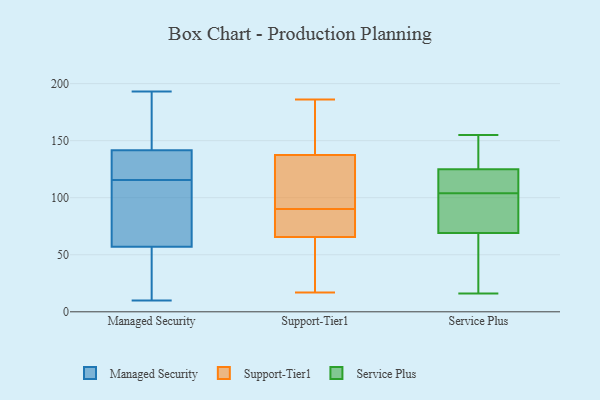
{"axis": {"x": "Production Output", "y": "Value"}, "legend": ["Managed Security", "Service Plus", "Support-Tier1"], "data": [{"x": "", "y": 23, "type": "Managed Security"}, {"x": "", "y": 59, "type": "Managed Security"}, {"x": "", "y": 193, "type": "Managed Security"}, {"x": "", "y": 174, "type": "Managed Security"}, {"x": "", "y": 95, "type": "Managed Security"}, {"x": "", "y": 134, "type": "Managed Security"}, {"x": "", "y": 163, "type": "Managed Security"}, {"x": "", "y": 126, "type": "Managed Security"}, {"x": "", "y": 128, "type": "Managed Security"}, {"x": "", "y": 124, "type": "Managed Security"}, {"x": "", "y": 42, "type": "Managed Security"}, {"x": "", "y": 128, "type": "Managed Security"}, {"x": "", "y": 10, "type": "Managed Security"}, {"x": "", "y": 149, "type": "Managed Security"}, {"x": "", "y": 73, "type": "Managed Security"}, {"x": "", "y": 107, "type": "Managed Security"}, {"x": "", "y": 14, "type": "Managed Security"}, {"x": "", "y": 55, "type": "Managed Security"}, {"x": "", "y": 97, "type": "Managed Security"}, {"x": "", "y": 185, "type": "Managed Security"}, {"x": "", "y": 44, "type": "Support-Tier1"}, {"x": "", "y": 101, "type": "Support-Tier1"}, {"x": "", "y": 70, "type": "Support-Tier1"}, {"x": "", "y": 62, "type": "Support-Tier1"}, {"x": "", "y": 69, "type": "Support-Tier1"}, {"x": "", "y": 147, "type": "Support-Tier1"}, {"x": "", "y": 173, "type": "Support-Tier1"}, {"x": "", "y": 77, "type": "Support-Tier1"}, {"x": "", "y": 163, "type": "Support-Tier1"}, {"x": "", "y": 17, "type": "Support-Tier1"}, {"x": "", "y": 94, "type": "Support-Tier1"}, {"x": "", "y": 86, "type": "Support-Tier1"}, {"x": "", "y": 117, "type": "Support-Tier1"}, {"x": "", "y": 118, "type": "Support-Tier1"}, {"x": "", "y": 84, "type": "Support-Tier1"}, {"x": "", "y": 180, "type": "Support-Tier1"}, {"x": "", "y": 46, "type": "Support-Tier1"}, {"x": "", "y": 28, "type": "Support-Tier1"}, {"x": "", "y": 128, "type": "Support-Tier1"}, {"x": "", "y": 186, "type": "Support-Tier1"}, {"x": "", "y": 130, "type": "Service Plus"}, {"x": "", "y": 101, "type": "Service Plus"}, {"x": "", "y": 132, "type": "Service Plus"}, {"x": "", "y": 70, "type": "Service Plus"}, {"x": "", "y": 140, "type": "Service Plus"}, {"x": "", "y": 58, "type": "Service Plus"}, {"x": "", "y": 92, "type": "Service Plus"}, {"x": "", "y": 37, "type": "Service Plus"}, {"x": "", "y": 25, "type": "Service Plus"}, {"x": "", "y": 109, "type": "Service Plus"}, {"x": "", "y": 87, "type": "Service Plus"}, {"x": "", "y": 107, "type": "Service Plus"}, {"x": "", "y": 155, "type": "Service Plus"}, {"x": "", "y": 69, "type": "Service Plus"}, {"x": "", "y": 16, "type": "Service Plus"}, {"x": "", "y": 107, "type": "Service Plus"}, {"x": "", "y": 125, "type": "Service Plus"}, {"x": "", "y": 115, "type": "Service Plus"}]}